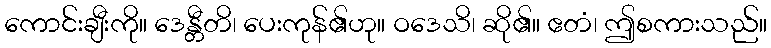
ကောင်းချီးကို။ ဒေန္တီတိ၊ ပေးကုန်၏ဟု။ ဝဒေသိ၊ ဆို၏။ ဧတံ၊ ဤစကားသည်။